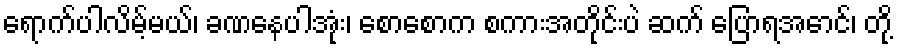
ရောက်ပါလိမ့်မယ်၊ ခဏနေပါအုံး၊ စောစောက စကားအတိုင်းပဲ ဆက် ပြောရအောင်၊ တို့